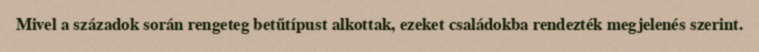
Mivel a századok során rengeteg betűtípust alkottak, ezeket családokba rendezték megjelenés szerint.